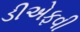
ડીએફવી